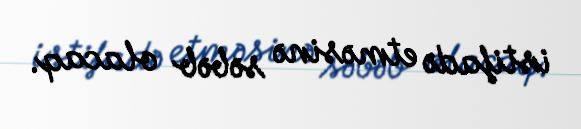
istifadə etməsinə səbəb olacaq.